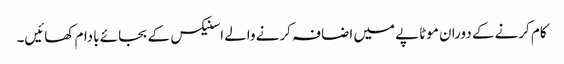
کام کرنے کے دوران موٹاپے میں اضافہ کرنے والے اسنیکس کے بجائے بادام کھائیں۔